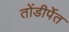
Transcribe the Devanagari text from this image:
तोंडीर्पेत